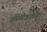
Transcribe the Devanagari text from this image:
जमिनीकडच्या